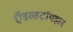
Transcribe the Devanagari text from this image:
ऍडव्हर्टायझर